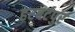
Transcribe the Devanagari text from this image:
हरबर्टपुर